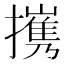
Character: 㩗